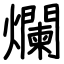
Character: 爛